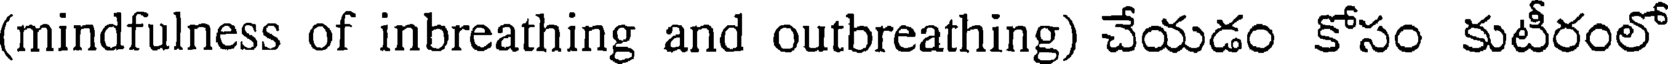
(mindfulness of inbreathing and outbreathing) చేయడం కోసం కుటీరంలో